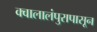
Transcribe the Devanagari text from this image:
क्वालालंपुरापासून